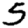
Digit: 5